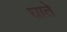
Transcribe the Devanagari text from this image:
घाते